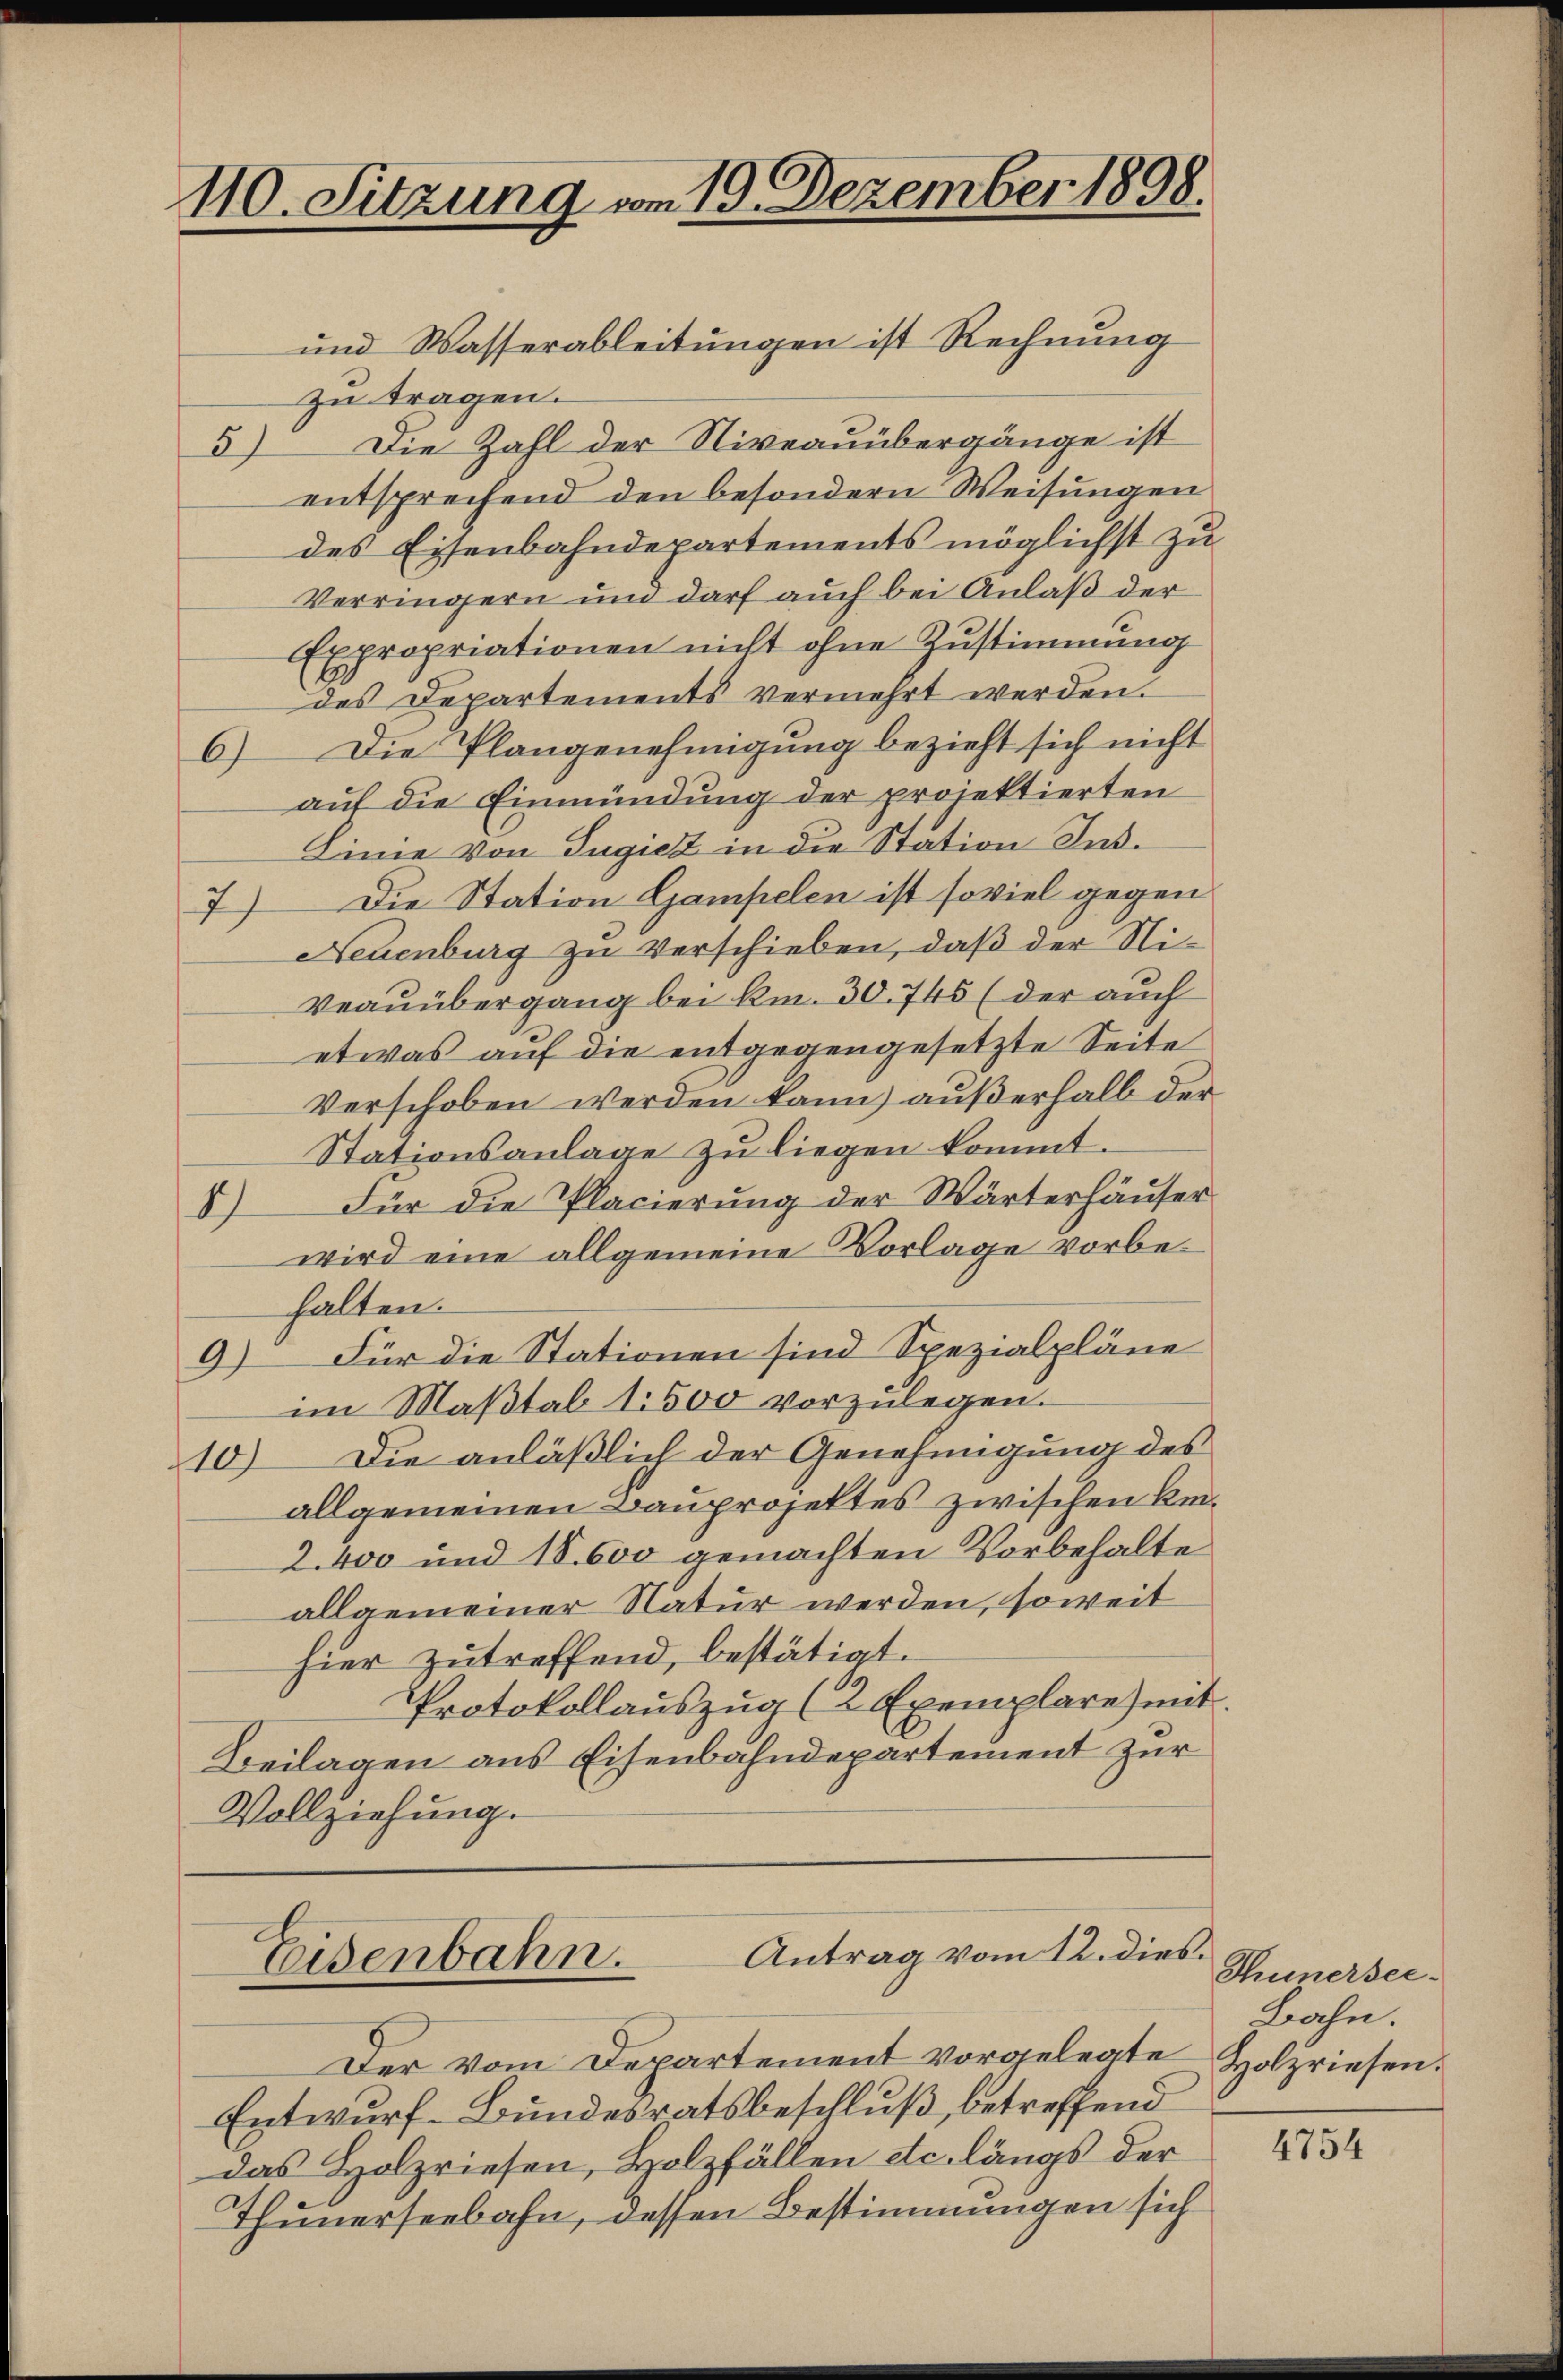
110. Sitzung vom 19. Dezember 1898.

und Wasserableitungen ist Rechnung
zu tragen.
Die Zahl der Niveauübergänge ist
57
entsprechend den besondern Weisungen
des Eisenbahndepartements möglichst zu
Verringern und darf auch bei Anlaß der
Expropriationen nicht ohne Zustimmung
des Departements vermehrt werden.
6) Die Plangenehmigung bezieht sich nicht
auf die Einmündung der projektierten
Linie von Tugicz in die Station Ins¬
7) Die Station Gampelen ist soviel gegen
Neuenburg zu verschieben, daß der Ni¬
Veauübergang bei kn. 30. 745 (der auch
etwas auf die entgegengesetzte Seite
Verschoben werden kann) außerhalb der
Stationsanlage zu liegen kommt.
Für die Placierung der Wärterhäuser
1
wird eine allgemeine Vorlage vorbehalten.
9) Für die Stationen sind Spezialpläne
im Maßstab 1500 vorzulegen.
10) Die anläßlich der Genehmigung des
allgemeinen Bauprojektes zwischen kei¬
2. 400 und 18. 600 gemachten Vorbehalte
allgemeiner Natur werden, soweit
hier zutreffend, bestätigt.
Protokollauszug (2 Exemplare) mit
Beilagen aus Eisenbahndepartement zur
Vollziehung.

Antrag vom 12. dies
Eisenbahn.

Der vom Departement vorgelegte
Entwurf-Bundesratsbeschluß, betreffend
das Holzriesen, Holzfällen etc. längs der
Thunerseebahn, dessen Bestimmungen sich

Thunersei¬
Bahn.
Holzriesen.

4754